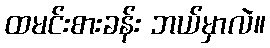
ထမင်းစားခန်း ဘယ်မှာလဲ။